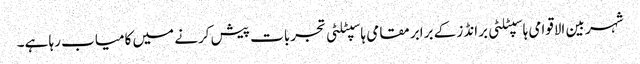
شہر بین الاقوامی ہاسپٹلٹی برانڈز کے برابر مقامی ہاسپٹلٹی تجربات پیش کرنے میں کامیاب رہا ہے۔